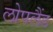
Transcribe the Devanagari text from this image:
लोपलैंड